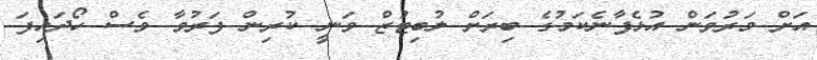
އަށް މަރުވަން އުޅެފާނެކަމުގެ ބިރަށް ލުބިޓުޒް ވަނީ ކުރިން ފަރުވާ ވެސް ހޯދައިފަ